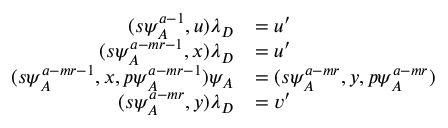
\begin{array} { r l } { ( s \psi _ { A } ^ { a - 1 } , u ) \lambda _ { D } } & { = u ^ { \prime } } \\ { ( s \psi _ { A } ^ { a - m r - 1 } , x ) \lambda _ { D } } & { = u ^ { \prime } } \\ { ( s \psi _ { A } ^ { a - m r - 1 } , x , p \psi _ { A } ^ { a - m r - 1 } ) \psi _ { A } } & { = ( s \psi _ { A } ^ { a - m r } , y , p \psi _ { A } ^ { a - m r } ) } \\ { ( s \psi _ { A } ^ { a - m r } , y ) \lambda _ { D } } & { = v ^ { \prime } } \end{array}